Laimjala_vallavalitsus, lk 41
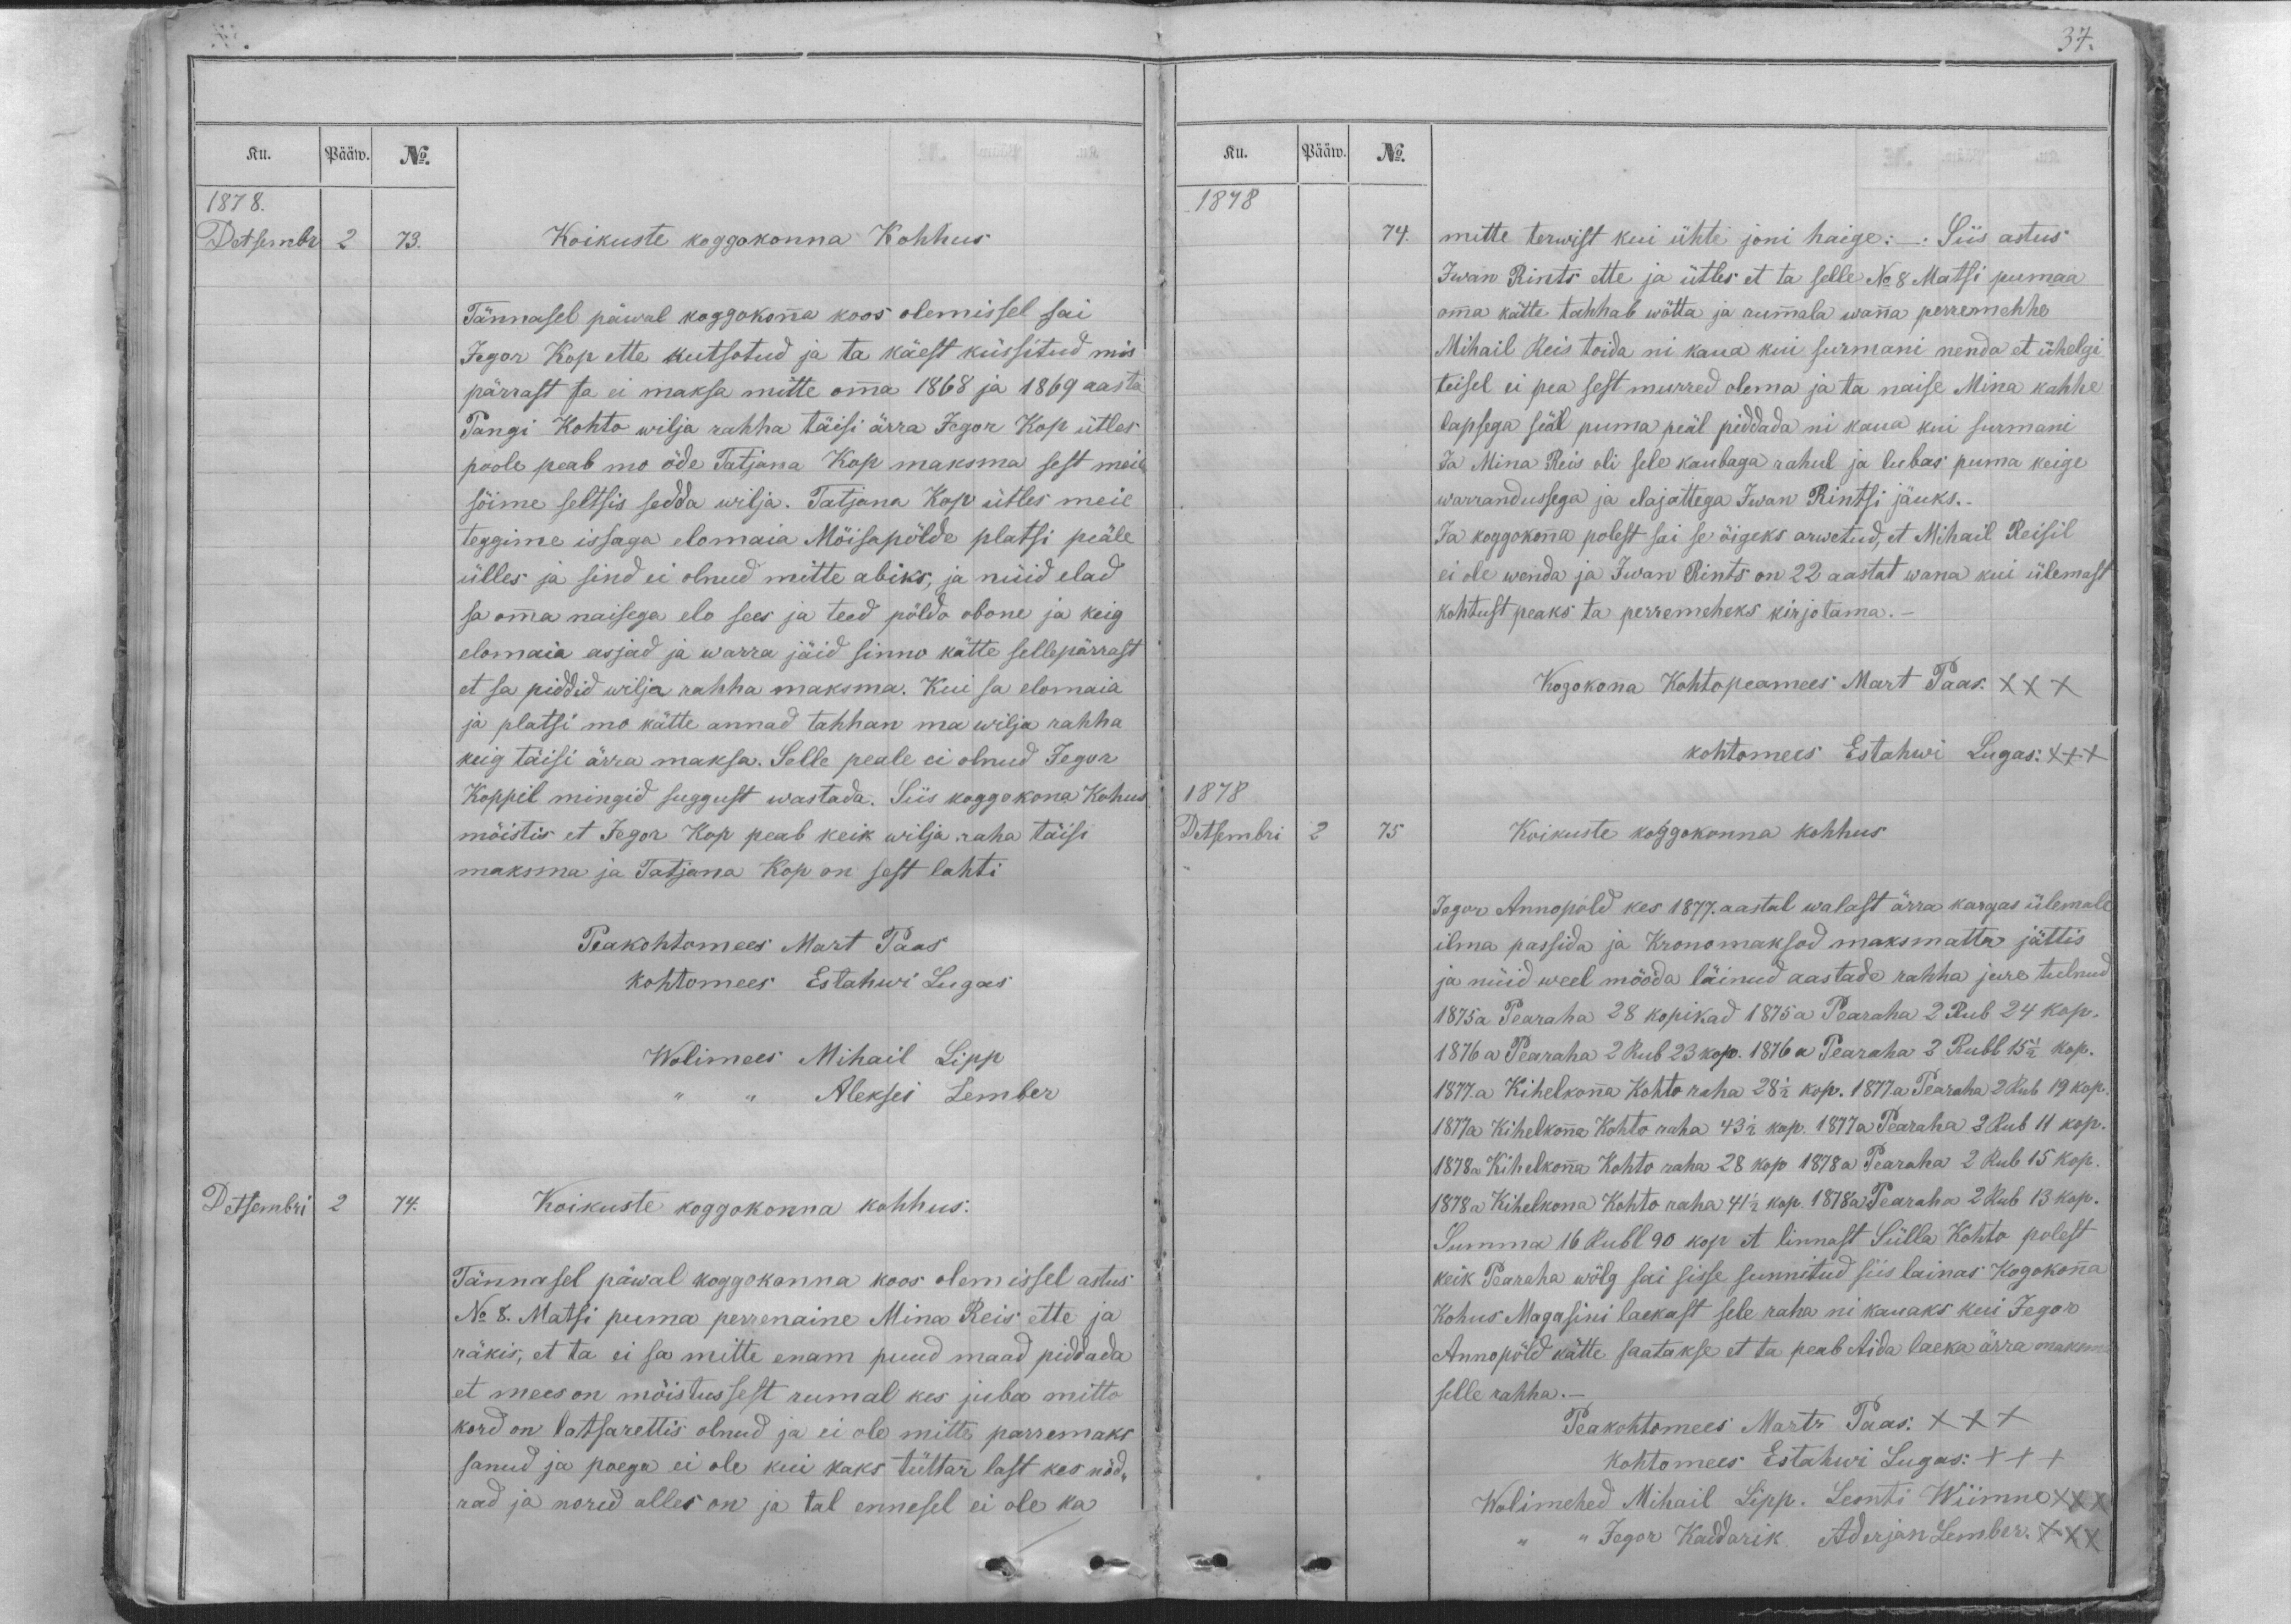
Ku.
Pääw.
No.
1878.
Detsembr
2
73.
Koikuste koggokonna Kohhus
Tännasel päwal koggokonna koos olemissel sai
Jegor Kop ette kutsotud ja ta käest küssitud mis
pärrast ta ei maksa mitte omma 1868 ja 1869 aasta
Pangi Kohto wilja rahha täisi ärra Jegor Kop ütles
poole peab mo öde Tatjana Kop maksma sest meie
söime seltsis sedda wilja. Tatjana Kop ütles meie
teggime issaga elomaia Möisapölde platsi peäle
ülles ja sind ei olnud mitte abiks, ja nüid elad
sa omma naisega elo sees ja teed pöldo obone ja keig
elomaia asjad ja warra jäid sinno kätte sellepärrast
et sa piddid wilja rahha maksma. Kui sa elomaia
ja platsi mo kätte annad tahhan ma wilja rahha
keig täisi ärra maksa. Selle peale ei olnud Jegor
Koppil mingid suggust wastada. Siis koggokona Kohus
mõistis et Jegor Kop peab keik wilja raha täisi
maksma ja Tatjana Kop on sest lahti
Peakohtomees Mart Paas
kohtomees Estahwi Lugas.
Wolimes Mihail Lipp
,, ,, Aleksei Lember
Detsembri
2
74.
Koikuste koggokonna kohhus.
Tännasel päwal koggokonna koos olemissel astus
No 8. Matsi puma perrenaine Mina Reis ette ja
räkis, et ta ei sa mitte enam puud maad piddada
et mees on möistussest rumal kes juba mitto
kord on ratsarettis olnud ja ei ole mitte parremaks
sanud ja poega ei ole kui kaks tüttar last kes nõd-
rad ja nored alles on ja tal ennesel ei ole ka

37.
Ku.
Pääw.
No.
1878
74.
mitte terwist kui ühte joni haige: - . Siis astus
Iwan Rints ette ja ütles et ta selle No 8 Matsi pumaa
omma kätte tahhab wötta ja rummala wanna perremehhe
Mihail Reis toida ni kaua kui surmani nenda et ühelgi
teisel ei pea sest murred olema ja ta naise Mina kahhe
lapsega seäl puma peäl piddada nii kaua kui surmani
Ja Mina Reis oli sele kaubaga rahul ja lubas puna keige
warrandussega ja elajattega Iwan Rintsi jäuks.-
Ja koggokonna polest sai se õigeks arwetud, et Mihail Reisil
ei ole wenda ja Iwan Rints on 22 aastat wana kui ülemast
kohtust peaks ta perremeheks kirjotama.-
Kogokonna Kohtopeamees Mart Paas. XXX
kohtomees Estahwi Lugas. XXX
1878
Detsembri
2
75
Koikuste koggokonna kohhus
Jegor Annopöld kes 1877. aastal walast ärra kargas ülemale
ilma passida ja Kronomaksod maksmatta jättis
ja nüid weel mööda läinud aastade rahha jure tulnud
1875a Pearaha 28 kopikad 1875 a Pearaha 2 Rub 24 kop.
1876 a Pearaha 2 Rub 23 kop. 1876 a Pearaha 2 Rubl 15 1/2 kop.
1877.a Kihelkonna Kohto raha 28 1/2 kop. 1877. a Pearaha 2 Rub 19 kop.
1877a Kihelkonna Kohto raha 43 1/2 kop. 1877 a Pearaha 2 Rub 11 kop.
1878a Kihelkonna Kohto raha 28 kop 1878 a Pearaha 2 Rub 15 kop.
1878 a Kihelkona Kohto raha 41 1/2 kop. 1878a Pearaha 2 Rub 13 kop.
Summa 16 Rubl 90 kop et linnast Sülla Kohto polest
keik Pearaha wölg sai sisse sunnitud siis lainas Kogokonna
Kohus Magasini laekast sele raha nii kauaks kui Jegor
Annopöld kätte saatakse et ta peab Aida laeka ärra maksma
selle rahha._
Peakohtomees Mart Paas. XXX
kohtomees Estahwi Lugas. XXX
Wolimehed Mihail Lipp. Leonti Wiimne XXX
,, ,, Jegor Kaddarik. Aderjan Lember. XXX